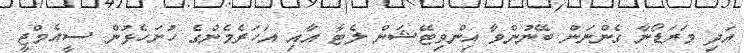
އަދި މަރަޑޯނާ ގެންނަން ބޭނުންވާ އިންވިޓޭޝަން ލެޓާ އާއި އަހަރެމެންގެ ހުށަހެޅުން ސީއެމްޖީ